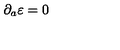
\partial _ { a } \varepsilon = 0